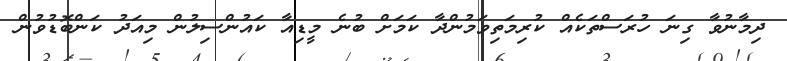
ދިމާނުވާ ގިނަ ހުރަސްތަކެއް ކުރިމަތިވަމުންދާ ކަމަށް ބުނެ މީޑިއާ ކައުންސިލުން މިއަދު ކަންބޮޑުވުން